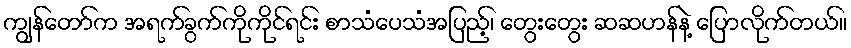
ကျွန်တော်က အရက်ခွက်ကိုကိုင်ရင်း စာသံပေသံအပြည့်၊ တွေးတွေး ဆဆဟန်နဲ့ ပြောလိုက်တယ်။